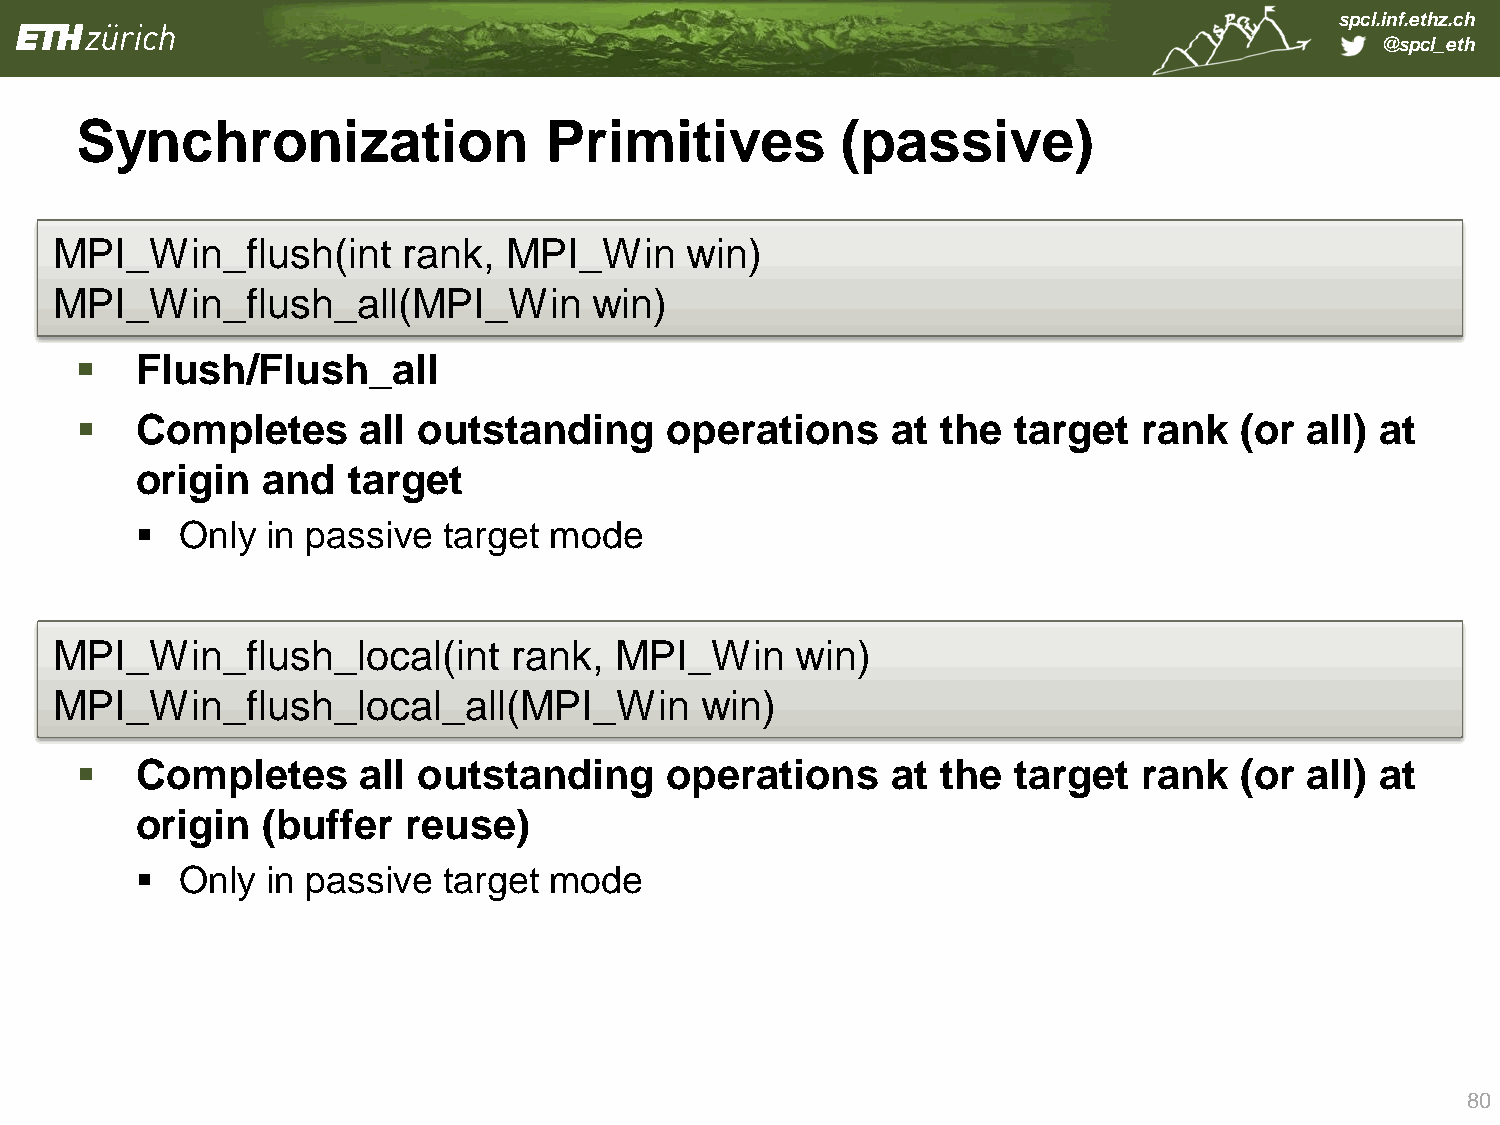
spcl.inf.ethz.ch
 @spcl_eth
 Synchronization                Primitives          (passive)
 MPI_   Win_flush(int    rank, MPI_Win     win)
 MPI_   Win_flush_all(MPI_Win        win)
    Flush/Flush_all
    Completes      all outstanding     operations     at the  target   rank  (or  all) at
 origin  and   target
   Only  in passive target mode
 MPI_   Win_flush_local(int     rank,  MPI_Win     win)
 MPI_Win_flush_local_all(MPI_Win            win)
    Completes      all outstanding     operations     at the  target   rank  (or  all) at
 origin  (buffer   reuse)
   Only  in passive target mode
 80